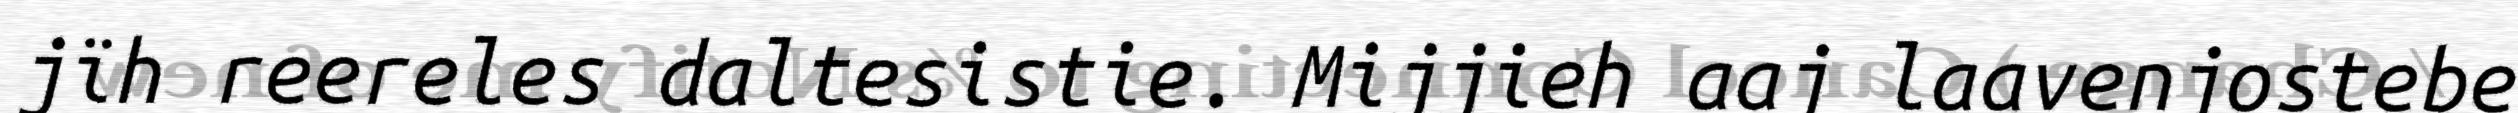
jïh reereles daltesistie. Mijjieh aaj laavenjostebe